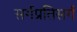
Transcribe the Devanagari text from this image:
सर्गप्रतिसर्ग